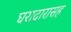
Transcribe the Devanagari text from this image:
घरादारासह